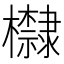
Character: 𪴛